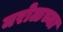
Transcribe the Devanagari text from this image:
मरोळच्या